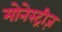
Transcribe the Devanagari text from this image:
मोनेस्ट्रीज़